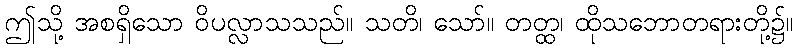
ဤသို့ အစရှိသော ဝိပလ္လာသသည်။ သတိ၊ သော်။ တတ္ထ၊ ထိုသဘောတရားတို့၌။